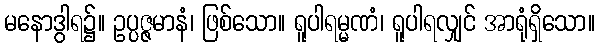
မနောဒွါရ၌။ ဥပ္ပဇ္ဇမာနံ၊ ဖြစ်သော။ ရူပါရမ္မဏံ၊ ရူပါရလျှင် အာရုံရှိသော။